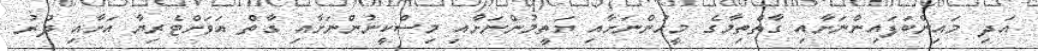
އަދި މައިންބަފައިންނަށާއި ގާތްތިމާގެ މީހުންނަށާއި ޔަތީމުންނަށާއި މިސްކީނުންނަށާއި ގާތް އަވަށްޓެރިޔާ އަށާއި ދުރު